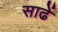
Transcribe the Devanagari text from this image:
साढें